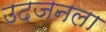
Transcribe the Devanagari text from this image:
उदजनला